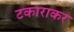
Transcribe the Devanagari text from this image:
टकाराकर